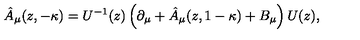
\hat { A } _ { \mu } ( z , - \kappa ) = U ^ { - 1 } ( z ) \left( \partial _ { \mu } + \hat { A } _ { \mu } ( z , 1 - \kappa ) + B _ { \mu } \right) U ( z ) ,